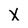
Character: X